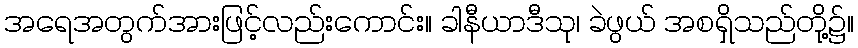
အရေအတွက်အားဖြင့်လည်းကောင်း။ ခါနီယာဒီသု၊ ခဲဖွယ် အစရှိသည်တို့၌။